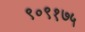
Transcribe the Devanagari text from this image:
९०९१७५